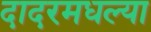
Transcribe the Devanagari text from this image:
दादरमधल्या